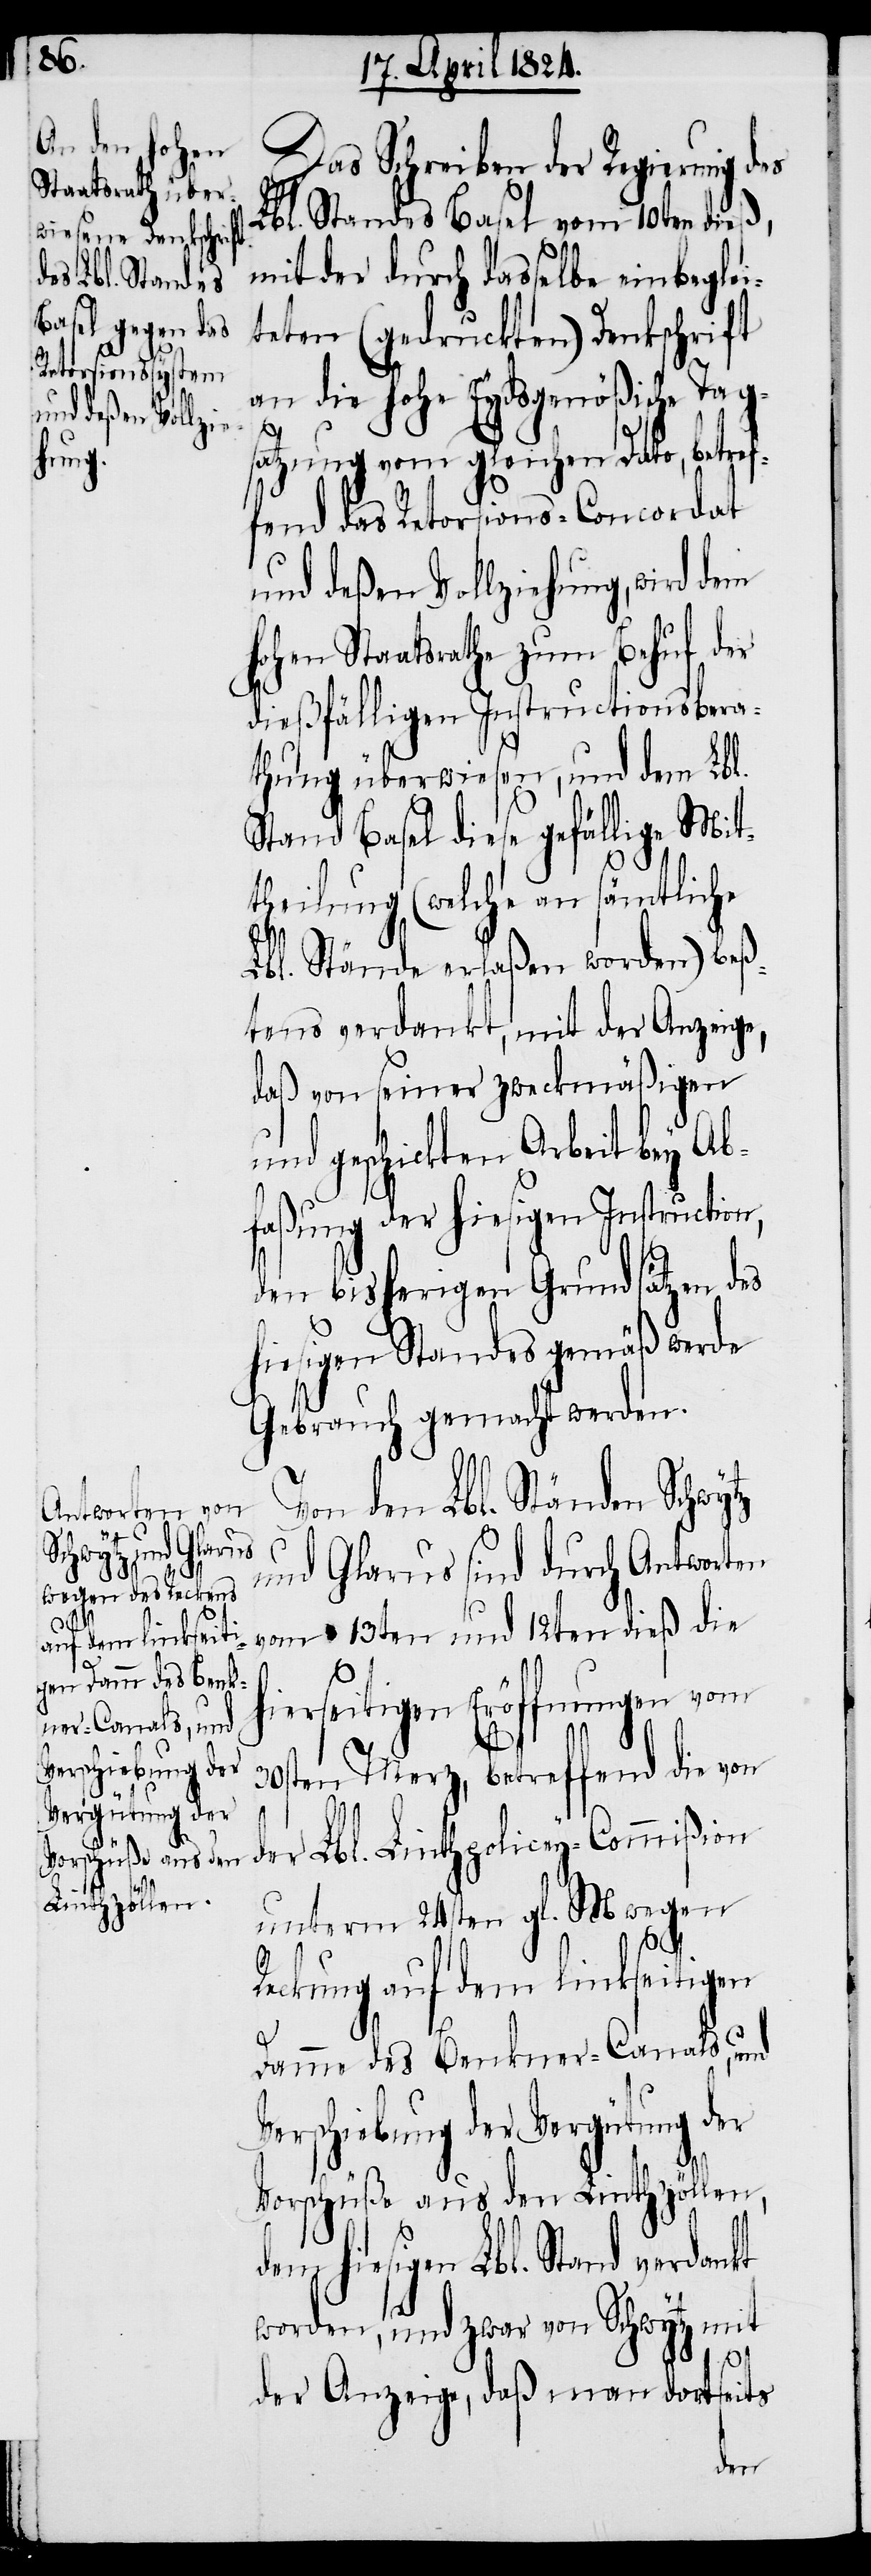
Verschiebung der
Vergütung der

hi¬
Das Schreiben der Regierung des
Lbl. Standes Basel vom 10ten dieß,
mit der durch dasselbe einbeglei¬
teten (gedruckten) Denkschrift
an die hohe Eydsgenößische Tags¬
atzung vom gleichen Dato, betref¬
fend das Retorsions-Concordat
und deßen Vollziehung, wird dem
hohen Staatsrathe zum Behuf der
dießfälligen Instructionsbera¬
thung überwiesen, und dem Lbl.
Stand Basel diese gefällige Mit¬
theilung (welche an sämtliche
Lbl. Stände erlaßen worden) beß¬
tens verdankt, mit der Anzeige,
daß von seiner zweckmäßigen
und geschickten Arbeit bey Ab¬
faßung der hiesigen Instruction,
den bisherigen Grundsätzen des
hiesigen Standes gemäß werde
Gebrauch gemacht werden.
Von den Lbl. Ständen Schwy¬
und Glarus sind durch Antworten
vom 13ten und 12ten dieß die
hierseitigen Eröffnungen vom
tz
30sten Merz, betreffend die von
der Lbl. Linthpolicey-Commißion
unterm 24sten gl. M. wegen
Reckung auf dem linkseitigen
Damme des Benkner-Canals, und
Vorschüße aus den Linthzöllen,
esigen Lbl. Stand verdankt
worden, und zwar von Schwytz mit
der Anzeige, daß man dortseits
dem